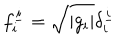
LaTeX: f _ { i } ^ { \underline { { { i } } } } = \sqrt { \left| g _ { i } \right| } \delta _ { i } ^ { \underline { { { i } } } }